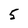
Character: 5